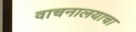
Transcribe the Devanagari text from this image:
वाचनालयाचा